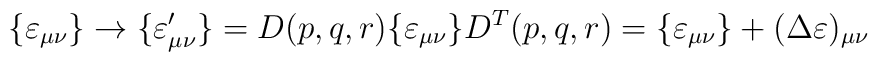
\{\varepsilon_{\mu \nu}\} \rightarrow \{\varepsilon^{\prime}_{\mu \nu}\} = D(p,q,r) \{\varepsilon_{\mu \nu}\} D^T(p,q,r) = \{\varepsilon_{\mu \nu}\} + (\Delta \varepsilon)_ {\mu \nu}